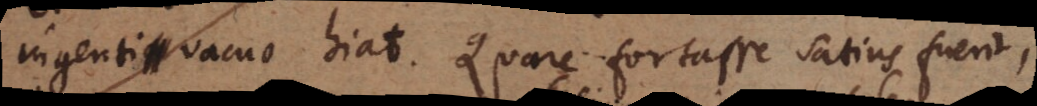
ingenti vacuo hiat. Quare fortasse satius fuerit,